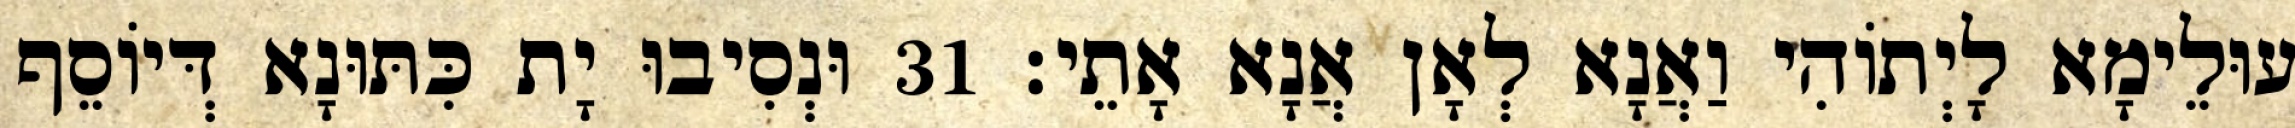
עוּלֵימָא לָיְתוֹהִי וַאֲנָא לְאָן אֲנָא אָתֵי׃ 31 וּנְסִיבוּ יָת כִּתּוּנָא דְּיוֹסֵף